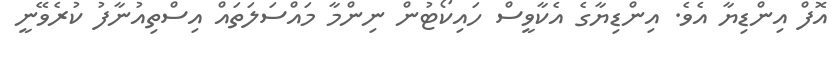
އޮފް އިންޑިޔާ އެވެ. އިންޑިޔާގެ އެކާވީސް ހައިކޯޓުން ނިންމާ މައްސަލަތައް އިސްތިއުނާފު ކުރެވޭނީ